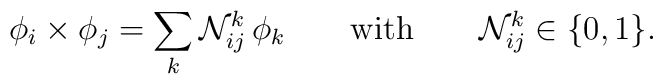
\phi_{i}\times\phi_{j}=\sum_{k}{\cal N}_{ij}^{k}\,\phi_{k} \qquad\textrm{with}\qquad {\cal N}_{ij}^{k}\in\{0,1\}.